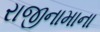
રાજીનામાના